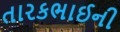
તારકભાઈની